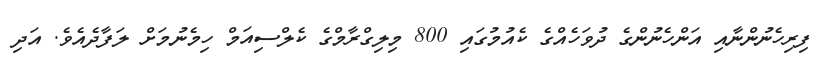
ފިރިހެނުންނާއި އަންހެނުންގެ ދުވަހެއްގެ ކެއުމުގައި 800 މިލިގްރާމްގެ ކެލްސިއަމް ހިމެނުމަށް ލަފާދެއެވެ. އަދި